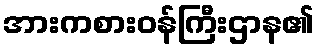
အားကစားဝန်ကြီးဌာန၏